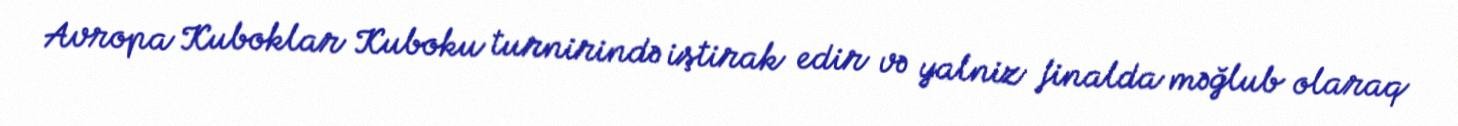
Avropa Kuboklar Kuboku turnirində iştirak edir və yalniz finalda məğlub olaraq